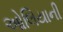
ઓલિયાની